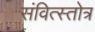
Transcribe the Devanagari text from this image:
संवित्स्तोत्र